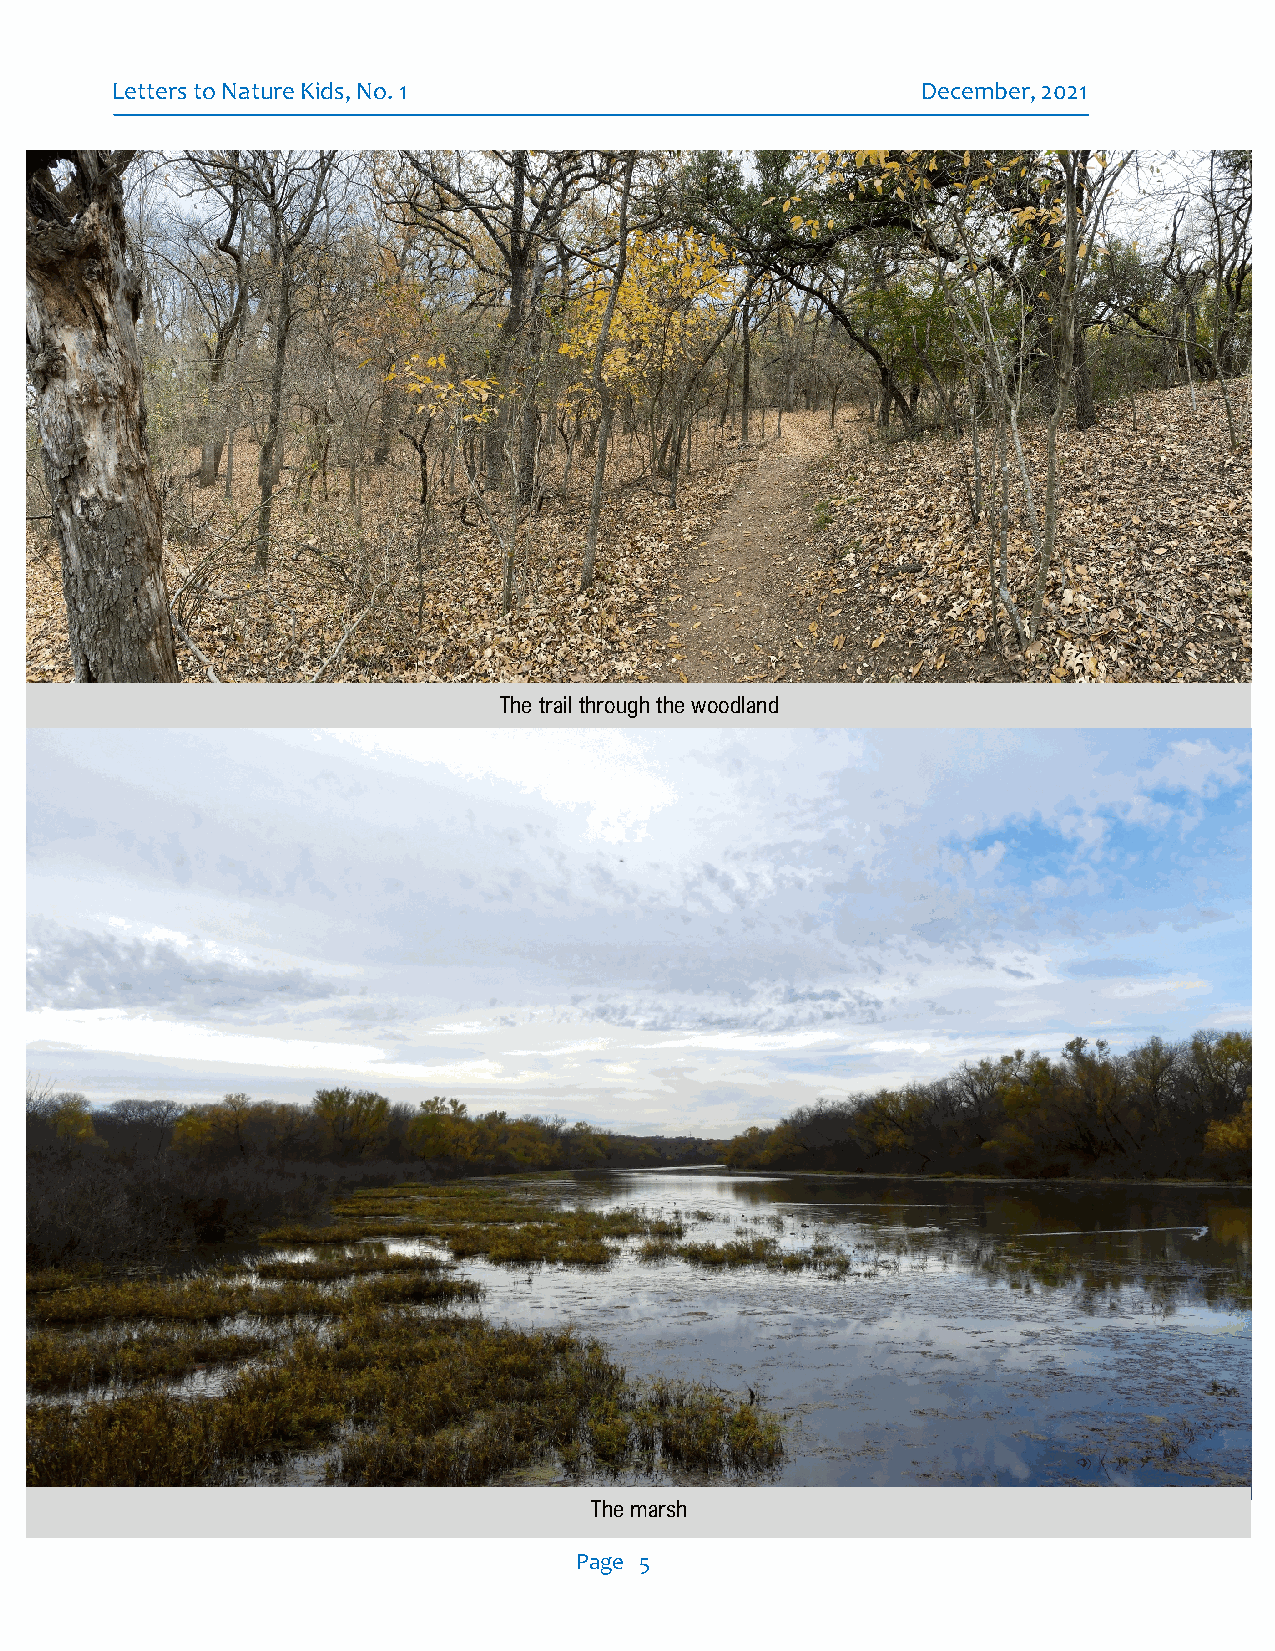
Letters to Nature Kids, No. 1                         December, 2021
 The trail through the woodland
 The marsh
 Page 5